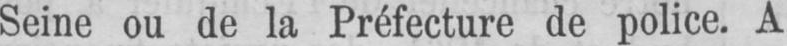
Seine ou de la Préfecture de police. A